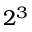
2 ^ { 3 }